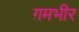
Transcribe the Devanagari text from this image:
ग़मभीर